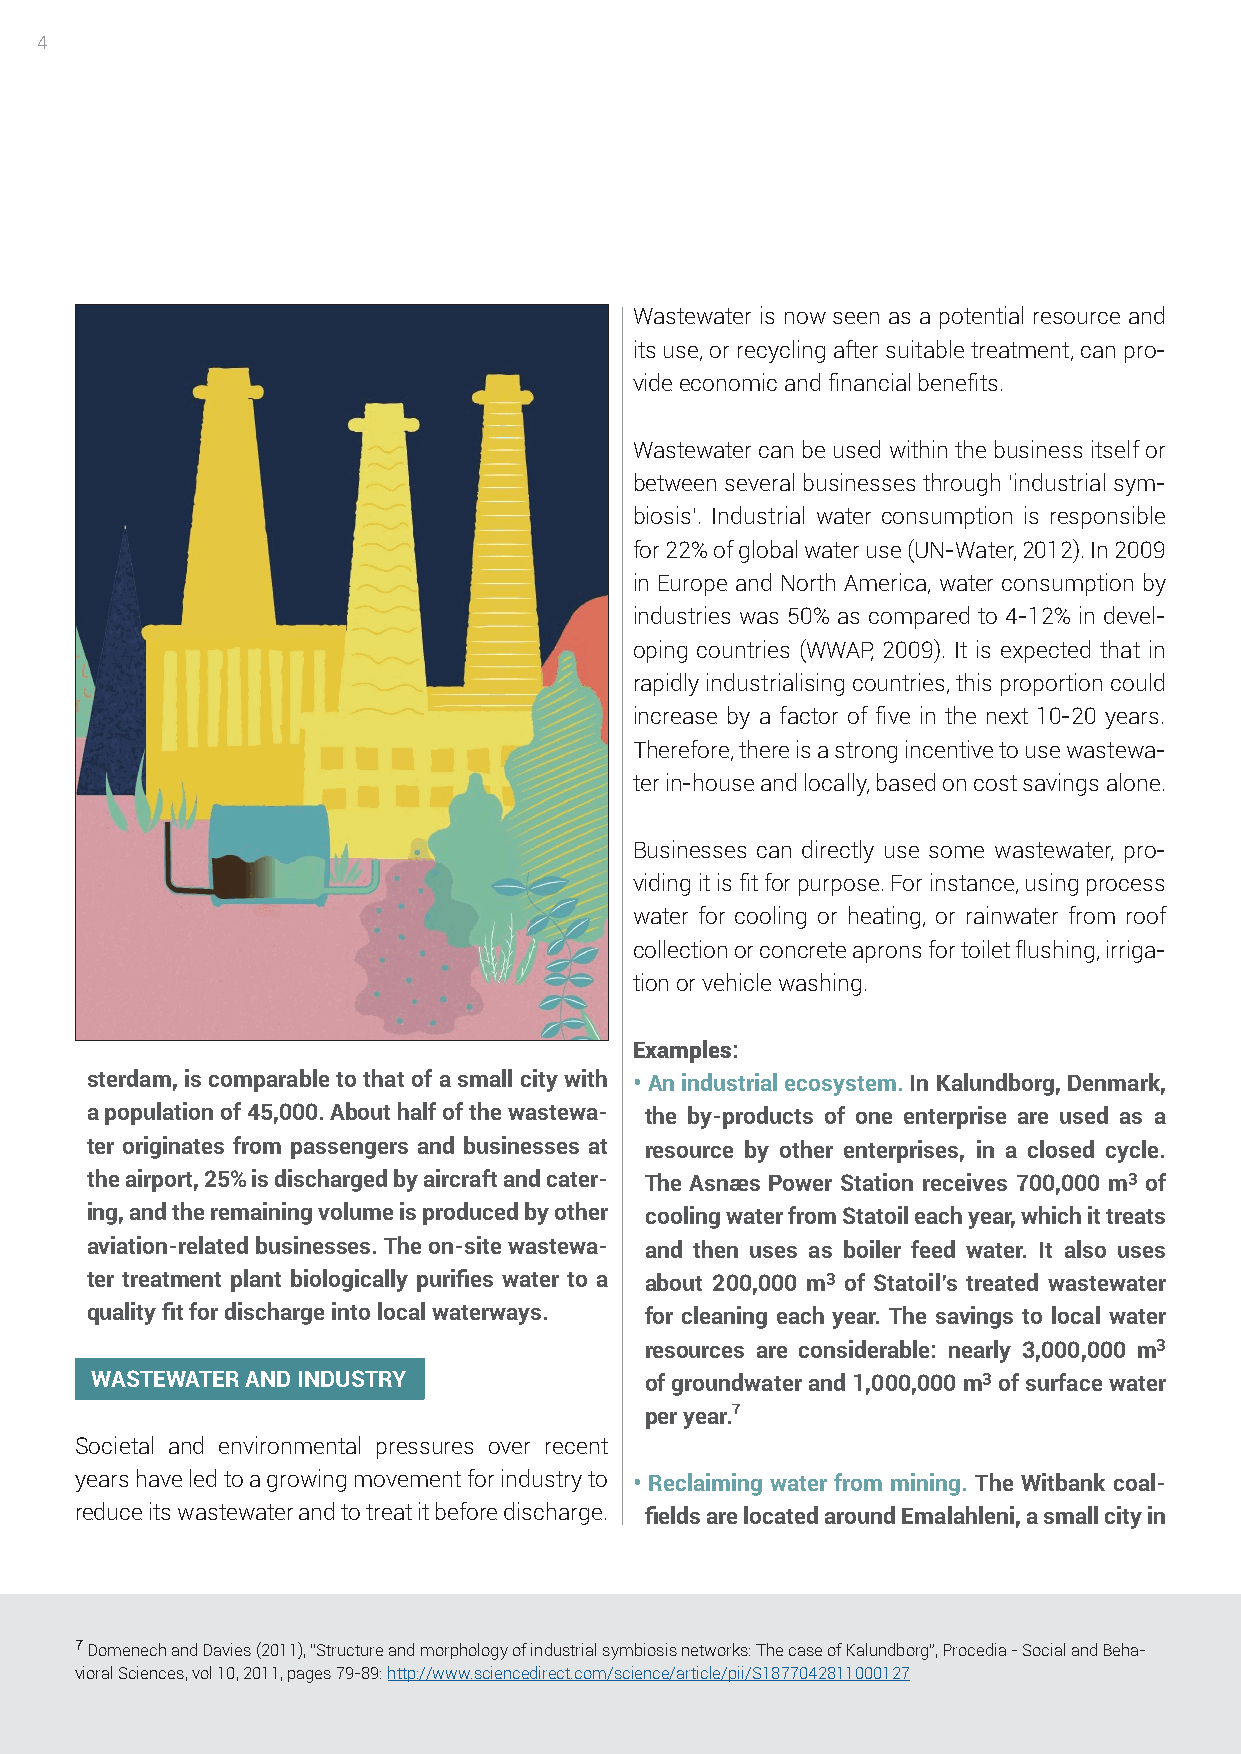
4
 Wastewater is now seen as a potential resource and
 its use, or recycling after suitable treatment, can pro-
 vide economic and financial benefits.
 Wastewater can be used within the business itself or
 between several businesses through ‘industrial sym-
 biosis’. Industrial water consumption is responsible
 for 22% of global water use (UN-Water, 2012). In 2009
 in Europe and North America, water consumption by
 industries was 50% as compared to 4-12% in devel-
 oping countries (WWAP, 2009). It is expected that in
 rapidly industrialising countries, this proportion could
 increase by a factor of five in the next 10-20 years.
 Therefore, there is a strong incentive to use wastewa-
 ter in-house and locally, based on cost savings alone.
 Businesses can directly use some wastewater, pro-
 viding it is fit for purpose. For instance, using process
 water for cooling or heating, or rainwater from roof
 collection or concrete aprons for toilet flushing, irriga-
 tion or vehicle washing.
 Examples:
 sterdam, is comparable to that of a small city with • An industrial ecosystem. In Kalundborg, Denmark,
 a population of 45,000. About half of the wastewa- the by-products of one enterprise are used as a
 ter originates from passengers and businesses at resource by other enterprises, in a closed cycle.
 the airport, 25% is discharged by aircraft and cater- The Asnæs Power Station receives 700,000 m3 of
 ing, and the remaining volume is produced by other cooling water from Statoil each year, which it treats
 aviation-related businesses. The on-site wastewa- and then uses as boiler feed water. It also uses
 ter treatment plant biologically purifies water to a about 200,000 m3 of Statoil’s treated wastewater
 quality fit for discharge into local waterways. for cleaning each year. The savings to local water
 resources are considerable: nearly 3,000,000 m3
 WASTEWATER AND INDUSTRY              of groundwater and 1,000,000 m3 of surface water
 per year.7
 Societal and environmental pressures over recent
 years have led to a growing movement for industry to • Reclaiming water from mining. The Witbank coal-
 reduce its wastewater and to treat it before discharge. fields are located around Emalahleni, a small city in
 7 Domenech and Davies (2011), “Structure and morphology of industrial symbiosis networks: The case of Kalundborg”, Procedia - Social and Beha-
 vioral Sciences, vol 10, 2011, pages 79-89: http://www.sciencedirect.com/science/article/pii/S1877042811000127